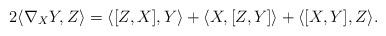
LaTeX: \begin{align*} 2 \langle \nabla _X Y , Z \rangle = \langle [Z,X] , Y \rangle + \langle X , [Z,Y] \rangle +\langle [X,Y] , Z \rangle . \end{align*}